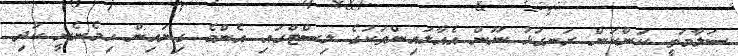
ސަލާމަތީ ކަންކަން ރަނގަޅު ނޫން އެއާލައިންތަކުގެ ލިސްޓްގައި އެންމެ ގިނައިން ހިމެނެނީ ކުދި